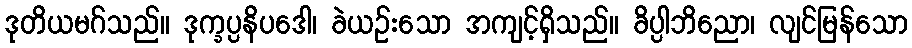
ဒုတိယမဂ်သည်။ ဒုက္ခပ္ပနိပဒေါ၊ ခဲယဉ်းသော အကျင့်ရှိသည်။ ခိပ္ပါဘိညော၊ လျင်မြန်သော